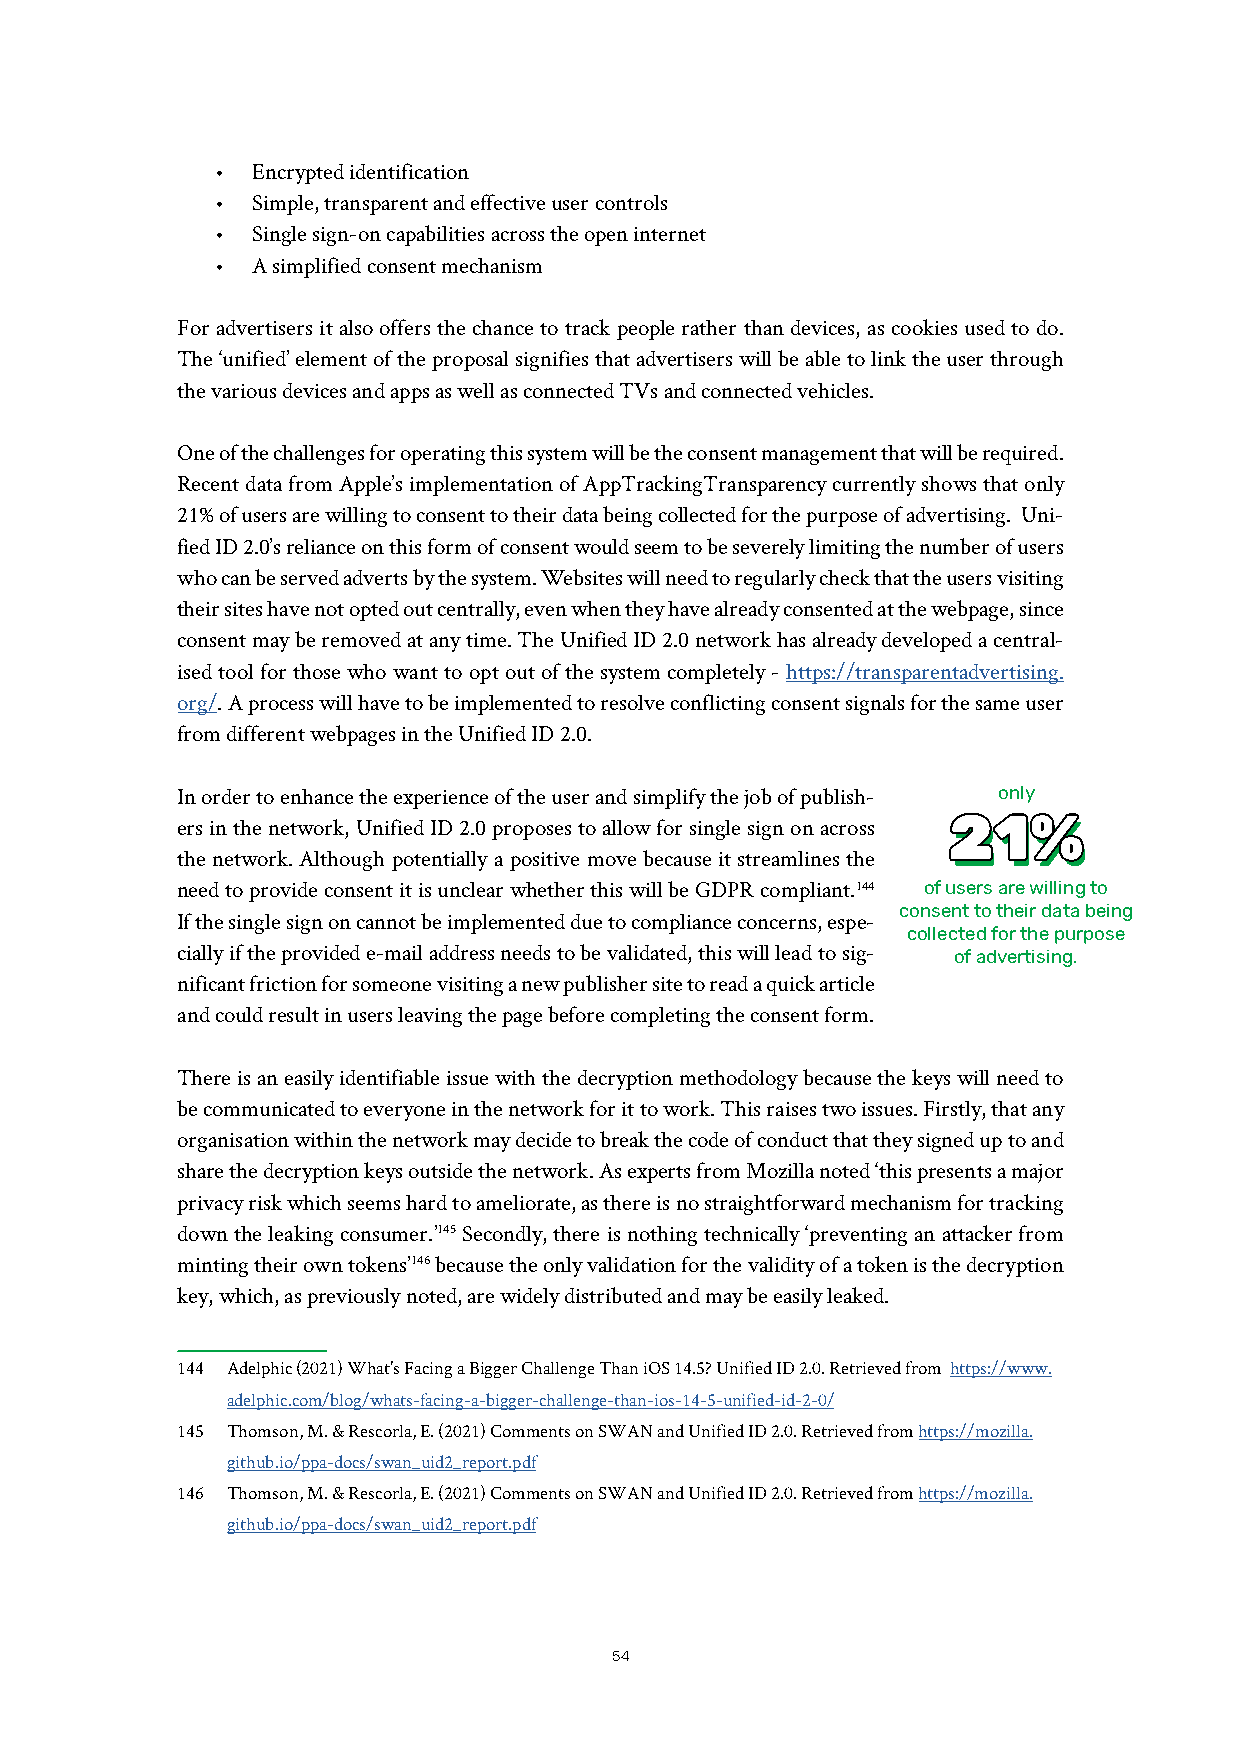
•  Encrypted identification
 •  Simple, transparent and effective user controls
 •  Single sign-on capabilities across the open internet
 •  A simplified consent mechanism
 For advertisers it also offers the chance to track people rather than devices, as cookies used to do.
 The ‘unified’ element of the proposal signifies that advertisers will be able to link the user through
 the various devices and apps as well as connected TVs and connected vehicles.
 One of the challenges for operating this system will be the consent management that will be required.
 Recent data from Apple’s implementation of AppTrackingTransparency currently shows that only
 21% of users are willing to consent to their data being collected for the purpose of advertising. Uni-
 fied ID 2.0’s reliance on this form of consent would seem to be severely limiting the number of users
 who can be served adverts by the system. Websites will need to regularly check that the users visiting
 their sites have not opted out centrally, even when they have already consented at the webpage, since
 consent may be removed at any time. The Unified ID 2.0 network has already developed a central-
 ised tool for those who want to opt out of the system completely - https://transparentadvertising.
 org/. A process will have to be implemented to resolve conflicting consent signals for the same user
 from different webpages in the Unified ID 2.0.
 In order to enhance the experience of the user and simplify the job of publish- only
 ers in the network, Unified ID 2.0 proposes to allow for single sign on across 22 211 1%% %
 the network. Although potentially a positive move because it streamlines the
 need to provide consent it is unclear whether this will be GDPR compliant.144 of users are willing to
 consent to their data being
 If the single sign on cannot be implemented due to compliance concerns, espe-
 collected for the purpose
 cially if the provided e-mail address needs to be validated, this will lead to sig- of advertising.
 nificant friction for someone visiting a new publisher site to read a quick article
 and could result in users leaving the page before completing the consent form.
 There is an easily identifiable issue with the decryption methodology because the keys will need to
 be communicated to everyone in the network for it to work. This raises two issues. Firstly, that any
 organisation within the network may decide to break the code of conduct that they signed up to and
 share the decryption keys outside the network. As experts from Mozilla noted ‘this presents a major
 privacy risk which seems hard to ameliorate, as there is no straightforward mechanism for tracking
 down the leaking consumer.’145 Secondly, there is nothing technically ‘preventing an attacker from
 minting their own tokens’146 because the only validation for the validity of a token is the decryption
 key, which, as previously noted, are widely distributed and may be easily leaked.
 144 Adelphic (2021) What’s Facing a Bigger Challenge Than iOS 14.5? Unified ID 2.0. Retrieved from https://www.
 adelphic.com/blog/whats-facing-a-bigger-challenge-than-ios-14-5-unified-id-2-0/
 145 Thomson, M. & Rescorla, E. (2021) Comments on SWAN and Unified ID 2.0. Retrieved from https://mozilla.
 github.io/ppa-docs/swan_uid2_report.pdf
 146 Thomson, M. & Rescorla, E. (2021) Comments on SWAN and Unified ID 2.0. Retrieved from https://mozilla.
 github.io/ppa-docs/swan_uid2_report.pdf
 54